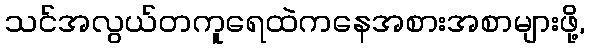
သင်အလွယ်တကူရေထဲကနေအစားအစာများဖို့,